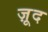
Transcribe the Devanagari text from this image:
ज़ूद